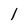
Character: l